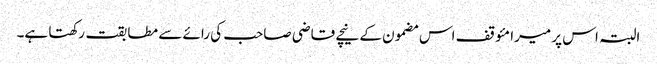
البتہ اس پر میرا مئوقف اس مضمون کے نیچے قاضی صاحب کی رائے سے مطابقت رکھتا ہے۔